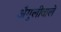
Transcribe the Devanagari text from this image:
अँगुलीवाले